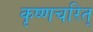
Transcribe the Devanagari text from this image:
कृष्णचरित्